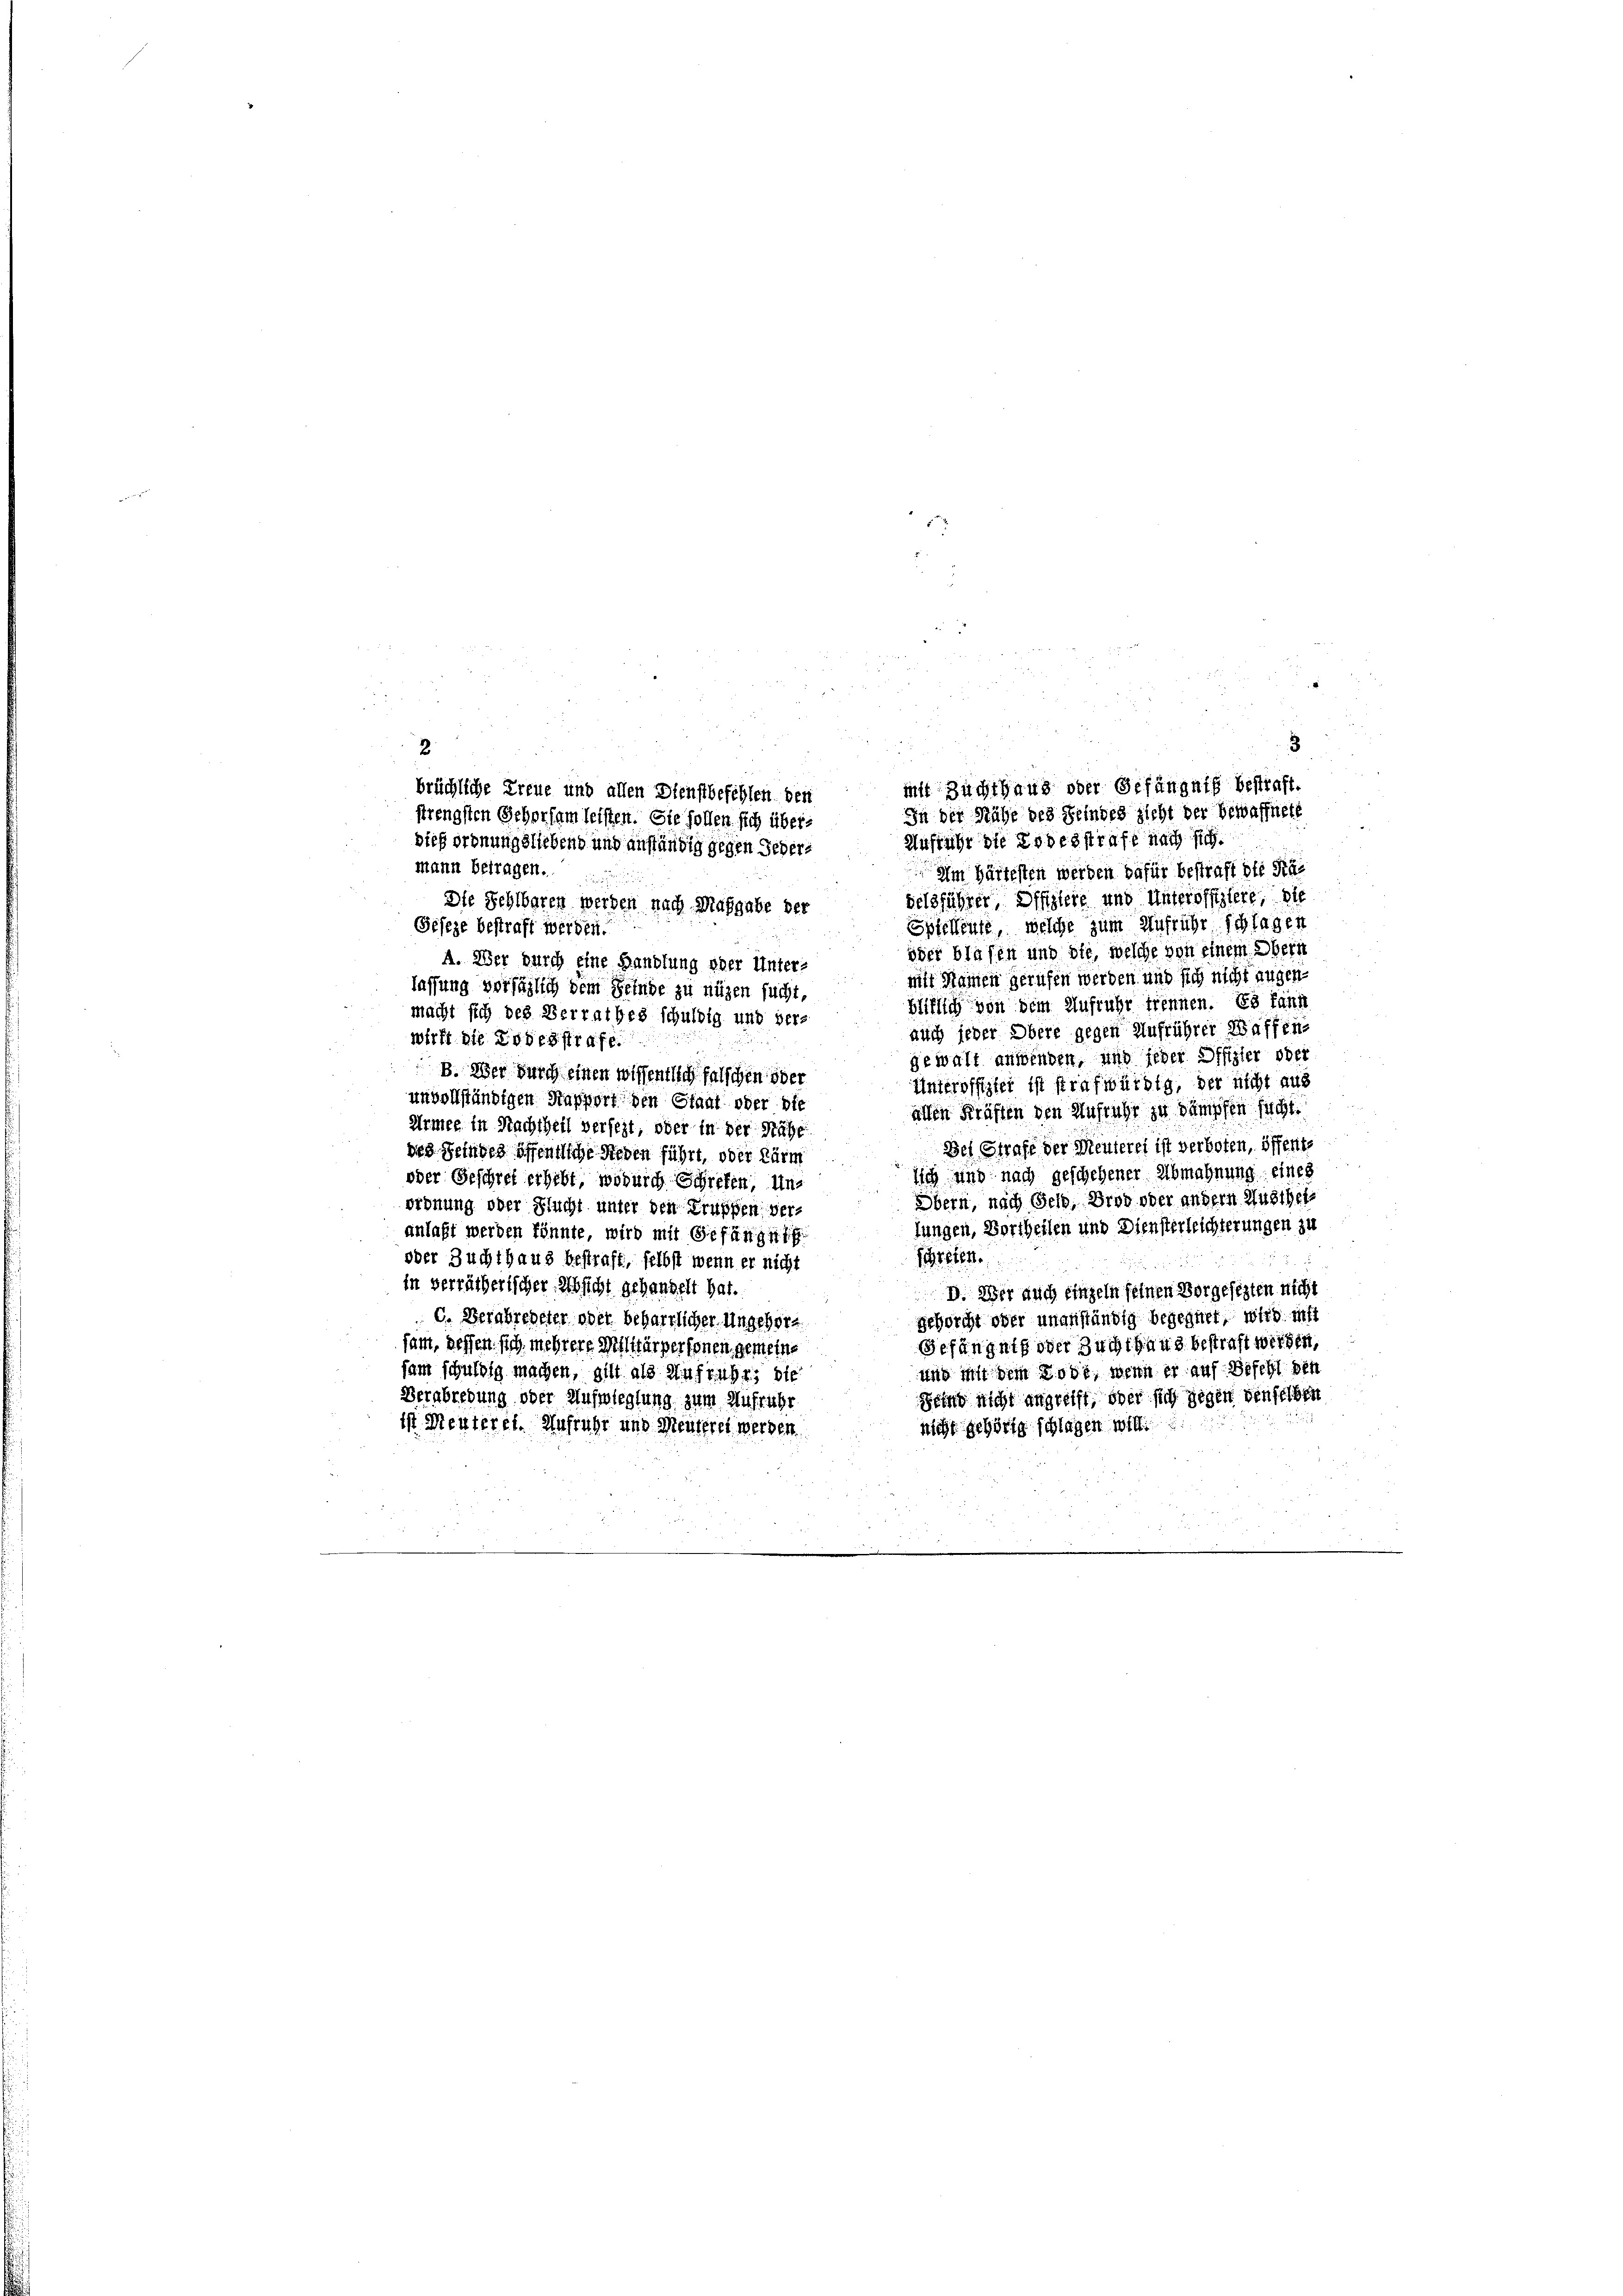
Im Härtesten werden dafür bestraft die Prävelsführer, Offizieie und Unteroffiziere, die
Die Sehlbaren werden nach Maßgabe der
Spielleute, welche zum Aufführ schlagen
Geseze bestraft werden.
oder blosen und die, welche von einem Obern
A. Wer durch eine Handlung eher Unters
mit Namen gerufen werden und sich nicht angen-
lassung verfählich dem Selnde zu nügen sucht,
Hitlich von dem Aufruhr trennen. Es kann
macht sich des Verrathes schuldig und vers
auch jeder Obere gegen Aufrührer Waffen-
wirft die Todesstrafe.
gewalt anwenden, und jeder Offizier oder
B. Wer durch einen wissentlich falschen oder
Unteroffizier ist strafwürdig, der nicht aus
unvollständigen Stapport den Staat oder bie
allen Kräften den Aufruhr zu kämpfen sicht.
Armee in Nachtheil versezt, oder in der Sache
Der Strafe der Neuterei ist verboten, öffentdes Seines öffentliche Lieben führt, oder lärm
Iich und nach geschehener Abmahnung eines
oder Geschrei erhebt, wodurch Schrefen, un¬
Obern, nach Geld, Brod oder andern Hustheiordnung oder Flucht unter den Gruppen verlungen, Vortheilen und Diensterleichterungen zu
anlaßt werden könnte, wird mit Gefängn
Schreien.
oder Zuchthaus bestraft, selbst wenn er nicht
e
in verrätherischer Absicht gehandelt hat.
d. Wer auch einzeln feinen Vorgesezten nicht
C. Berabredeter oder beharrlicher Ungebore
gehorcht oder unanständig begegnet, wird ist
Gefängniß oder Zuchthaus bestraft werden,
fam, dessen sich mehrere Militärpersonen gemeine
und mit dem Lobt, wenn er auf Befehl den
sam schuldig machen, gilt als Anfrages bie
Berabredung oder Aufwieglung zum Aufrüher
Seine nicht angreift, oder sich gegen denselben
ist Menteret. Aufruhr und Menterei werden.
nicht gehörig schlagen willi

.
2
mit Zuchthaus oder Gefängniß bestraft.
brüchliche Treue und allen Dienstbefehlen den
In der Nähe des Feindes sieht der Bewaffnete
strengsten Gehorsam leisten. Sie sollen sich über¬
Anstalt die Erbesstraft nach sich
dieß ordnungsliebend und anständig gegen Jedermann betragen.